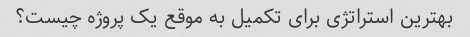
بهترین استراتژی برای تکمیل به موقع یک پروژه چیست؟